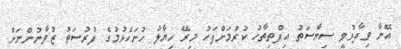
އޭނާ ވިދާޅުވީ ސިޔާސަތު އިފްތިތާހު ކުރުމަށްފަހު މިރޭ ހިޔާލު ހުށަހެޅުމުގެ ފުރުސަތު ޒުވާނުންނަށް